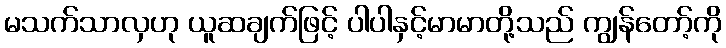
မသက်သာလှဟု ယူဆချက်ဖြင့် ပါပါနှင့်မာမာတို့သည် ကျွန်တော့်ကို